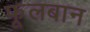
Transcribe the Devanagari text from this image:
फूलबान